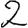
Digit: 2